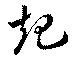
起